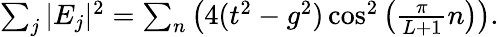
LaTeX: \begin{array}{r}{\sum_{j}|E_{j}|^{2}=\sum_{n}\left(4(t^{2}-g^{2})\cos^{2}\left(\frac{\pi}{L+1}n\right)\right).}\end{array}